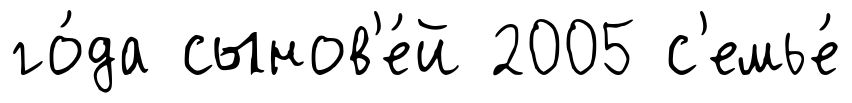
го́да сынов'е́й 2005 с'емье́